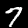
Digit: 7